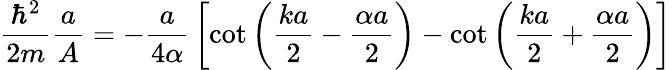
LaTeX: {\frac{\hbar^{2}}{2m}}{\frac{a}{A}}=-{\frac{a}{4\alpha}}\left[\cot\left({\frac{ka}{2}}-{\frac{\alpha a}{2}}\right)-\cot\left({\frac{ka}{2}}+{\frac{\alpha a}{2}}\right)\right]